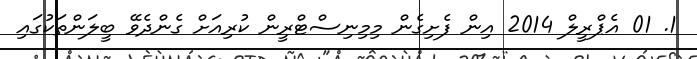
1. 01 އެޕްރީލް 2014 އިން ފެށިގެން މިމިނިސްޓްރީން ކުރިއަށް ގެންދެވޭ ބީލަންތަކުގައި